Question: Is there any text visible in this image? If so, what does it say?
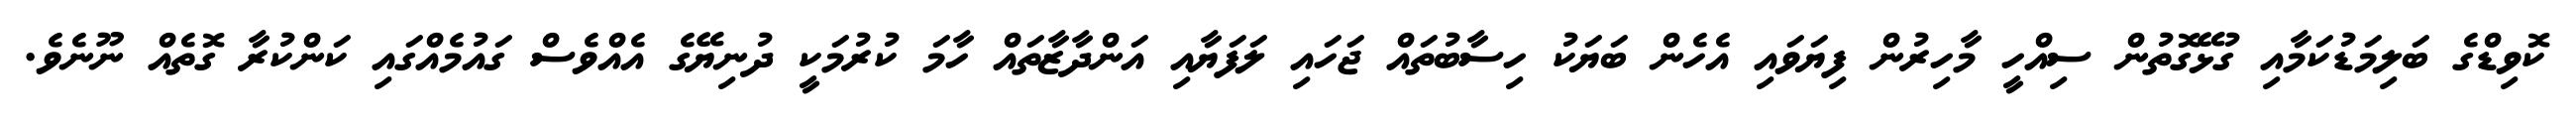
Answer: ކޮވިޑްގެ ބަލިމަޑުކަމާއި ގުޅޭގޮތުން ސިއްހީ މާހިރުން ފިޔަވައި އެހެން ބަޔަކު ހިސާބުތައް ޖަހައި ލަފަޔާއި އަންދާޒާތައް ހާމަ ކުރުމަކީ ދުނިޔޭގެ އެއްވެސް ގައުމެއްގައި ކަންކުރާ ގޮތެއް ނޫނެވެ.